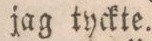
jag tyckte.